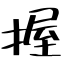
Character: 握